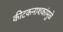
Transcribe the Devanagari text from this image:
कीटकनाशकांमुळे